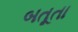
બતૂતા